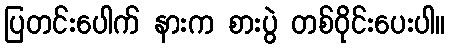
ပြတင်းပေါက် နားက စားပွဲ တစ်ဝိုင်းပေးပါ။